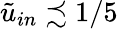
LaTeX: \tilde{u}_{in}\precsim 1/5